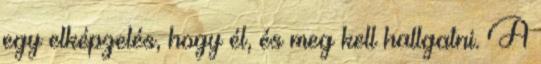
egy elképzelés, hogy él, és meg kell hallgatni. A